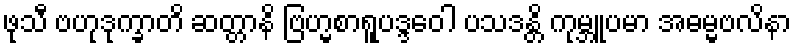
ဖုသီ ဗဟုဒုက္ခာတိ ဆတ္တာနိ ဗြဟ္မစာရူပဒ္ဒဝေါ ပသဒန္တိ ကုမ္ဘူပမာ အဓမ္မဗလိနာ